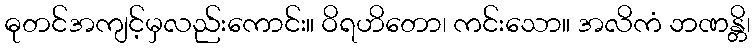
ဓုတင်အကျင့်မှလည်းကောင်း။ ဝိရဟိတော၊ ကင်းသော။ အလိကံ ဘဏန္တိ၊